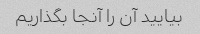
بیایید آن را آنجا بگذاریم